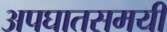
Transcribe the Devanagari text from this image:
अपघातसमयी